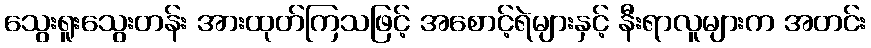
သွေးရူးသွေးတန်း အားထုတ်ကြသဖြင့် အစောင့်ရဲများနှင့် နီးရာလူများက အတင်း